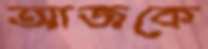
আজকে